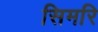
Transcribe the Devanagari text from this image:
सिमरि